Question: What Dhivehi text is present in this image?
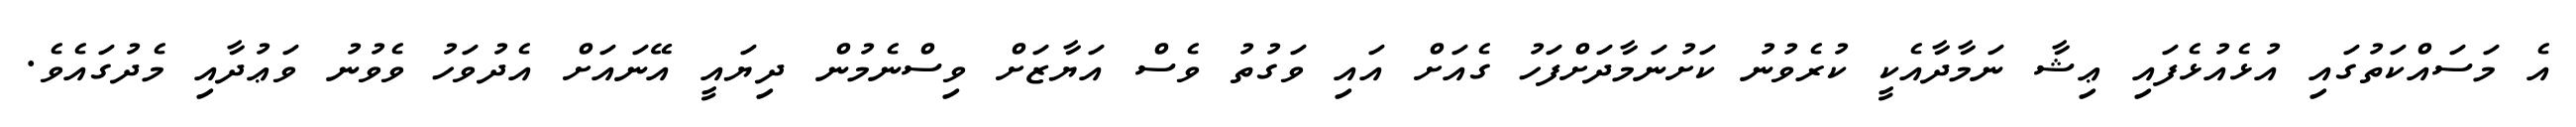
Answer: އެ މަސައްކަތުގައި އުޅެއުޅެފައި ޢިޝާ ނަމާދާއެކީ ކުރެވުނު ކަށުނަމާދަށްފަހު ގެއަށް އައި ވަގުތު ވެސް އަޔާޒަށް ވިސްނެމުން ދިޔައީ އޭނައަށް އެދުވަހު ވެވުނު ވަޢުދާއި މެދުގައެވެ.